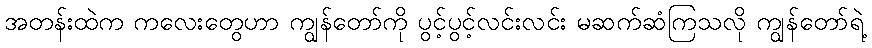
အတန်းထဲက ကလေးတွေဟာ ကျွန်တော်ကို ပွင့်ပွင့်လင်းလင်း မဆက်ဆံကြသလို ကျွန်တော်ရဲ့